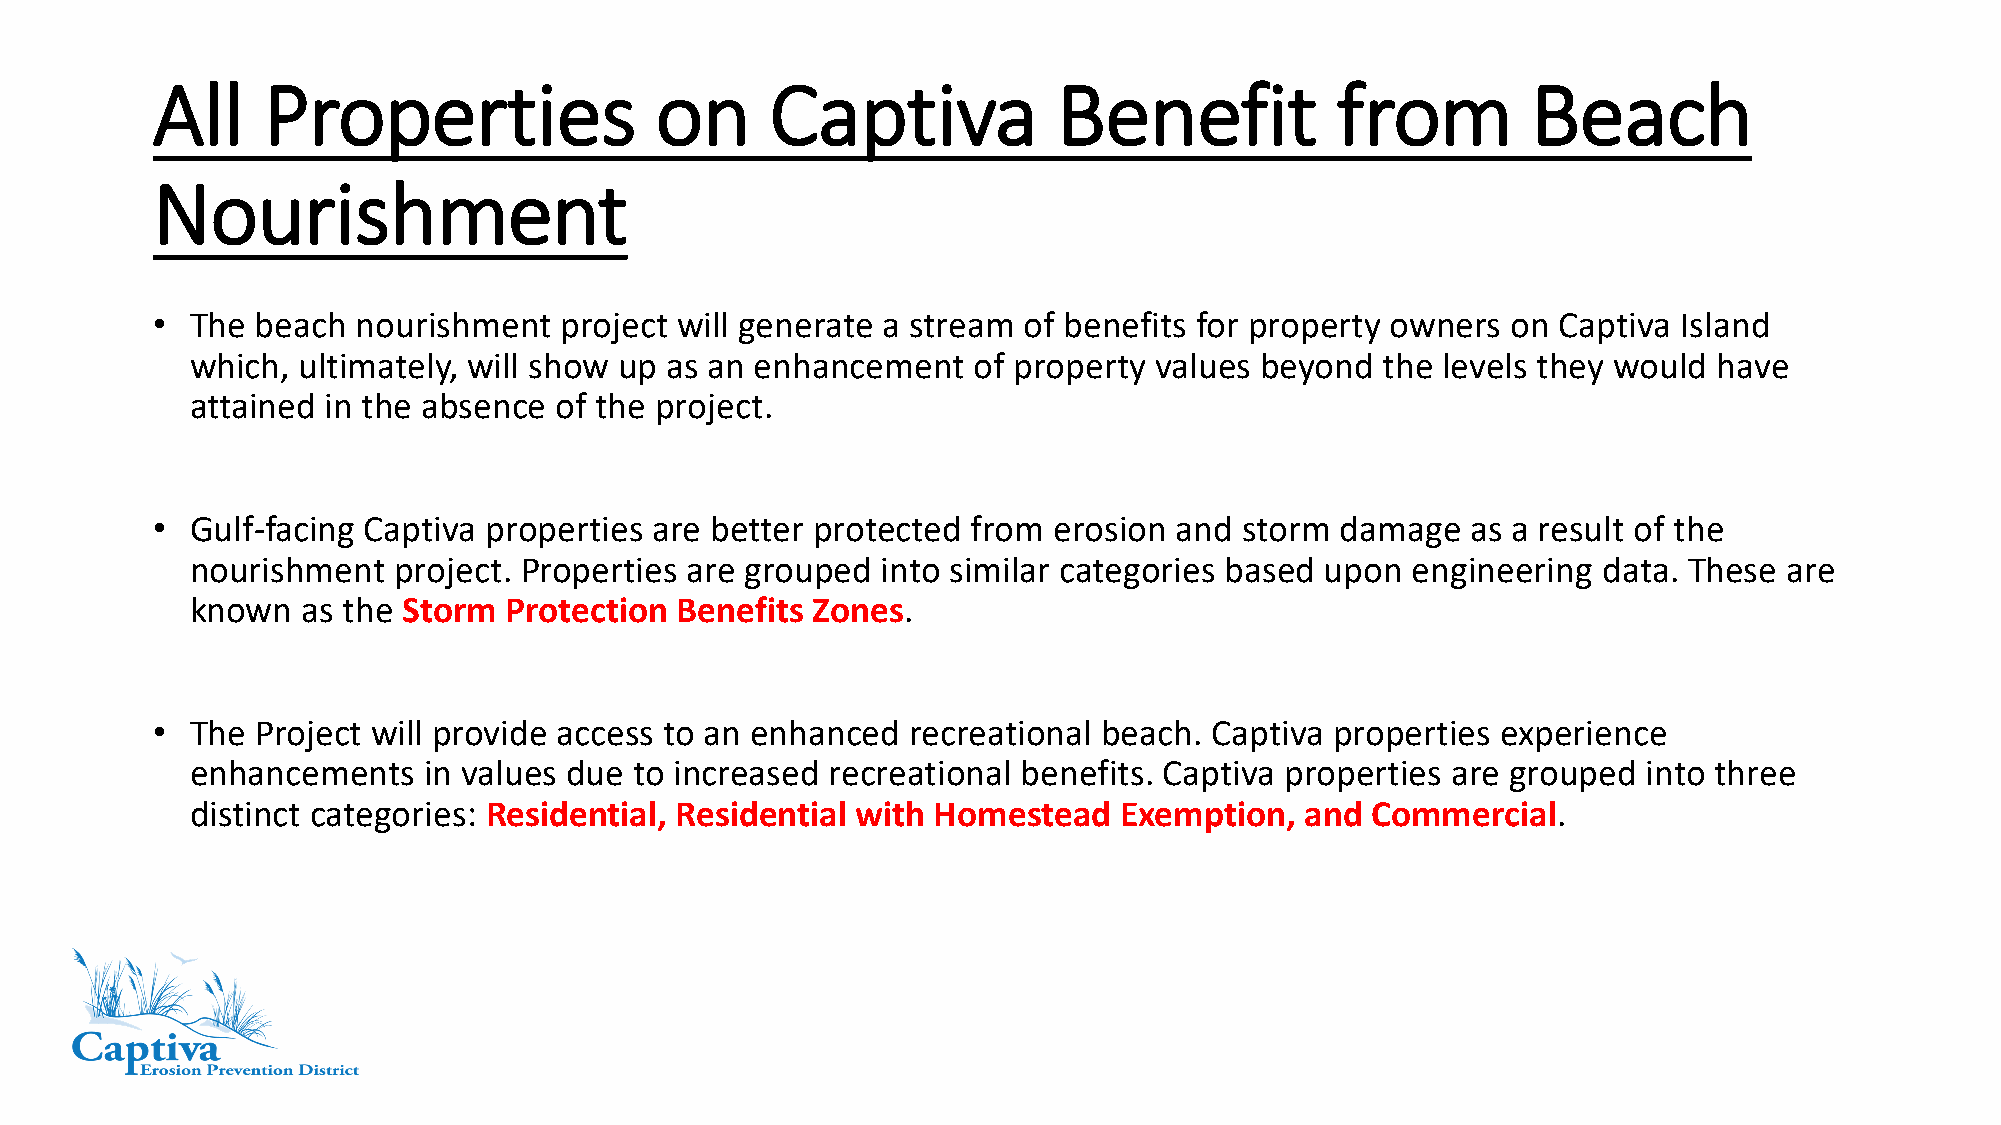
All    Properties                on      Captiva            Benefit           from         Beach
 Nourishment
 •  The beach  nourishment  project will generate a stream of benefits for property owners on Captiva Island
 which, ultimately, will show up as an enhancement  of property values beyond   the levels they would have
 attained in the absence of the project.
 •  Gulf-facing Captiva properties are better protected from erosion and storm  damage  as a result of the
 nourishment  project. Properties are grouped into similar categories based upon engineering  data. These are
 known  as the Storm Protection  Benefits Zones.
 •  The Project will provide access to an enhanced recreational beach. Captiva properties experience
 enhancements   in values due to increased recreational benefits. Captiva properties are grouped into three
 distinct categories: Residential, Residential with Homestead Exemption,  and  Commercial.